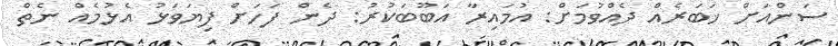
ސަންއަށް ޚަބަރެއް ދެއްވުމަށް: އުމައިރާ އަބޫބަކުރު: ދެން ފަހަށް ފިޔަވަޅު އެޅުމެއް ނެތް